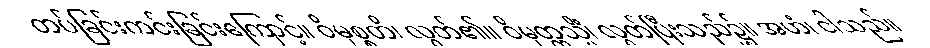
တပ်ခြင်းကင်းခြင်းကြောင့်။ ဝိမုစ္စတိ၊ လွတ်၏။ ဝိမုတ္တသ္မိံ၊ လွတ်ပြီးသည်၌။ အဟံ၊ ငါသည်။